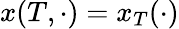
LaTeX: x(T,\cdot)=x_{T}(\cdot)